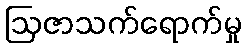
ဩဇာသက်ရောက်မှု